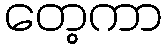
တေ့ကာ